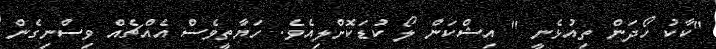
"ކާކު ހޯދަން ތިއުޅެނީ " އިޝްކަން ލޯ ކުޑަކޮށްލިއެވެ. ހަޔާތީވެސް އެއްޗެއް ވިސްނިގެން